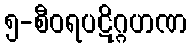
၅-စီဝရပဋိဂ္ဂဟဏ